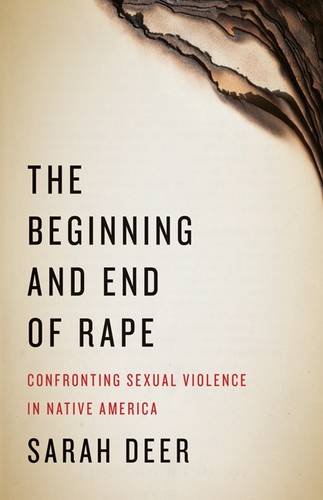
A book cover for The Beginning and End of Rape: Confronting Sexual Violence in Native America; Sarah Deer; Law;